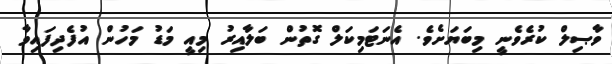
ވާޞިލް ކުރެވެނީ މިބަޔަށެވެ. އެނަޓަމިކަލް ގޮތުން ބަލާއިރު މިއީ މަޑު މަހުން އުފެދިފައިވާ